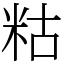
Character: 䊀